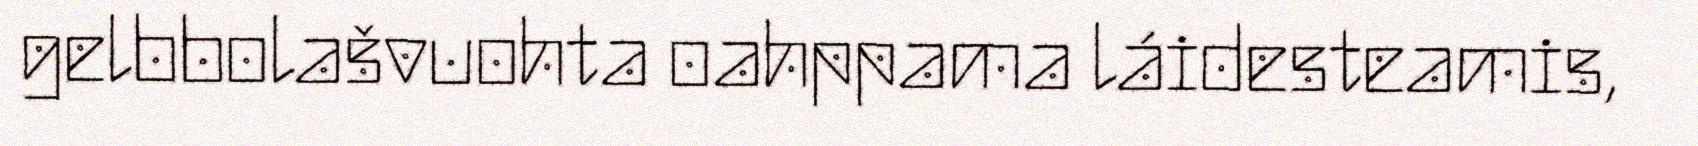
gelbbolašvuohta oahppama láidesteamis,